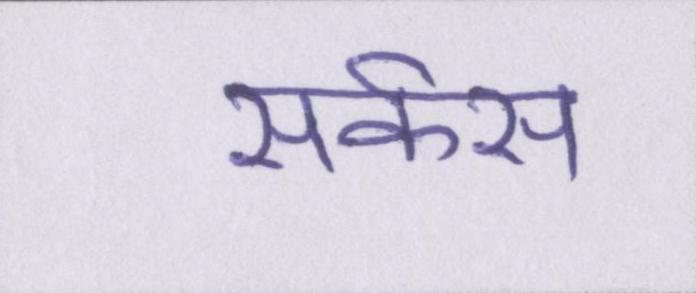
सर्कस